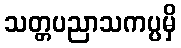
သတ္တပညာသကပ္ပမှိ